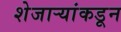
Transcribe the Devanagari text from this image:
शेजार्‍यांकडून